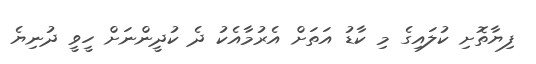
ފިޔާތޮށި ކުލައިގެ މި ކާޑު އަތަށް އެރުމާއެކު ދެ ކުދީންނަށް ހީވީ ދުނިޔެ